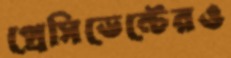
প্রেসিডেন্টেরও